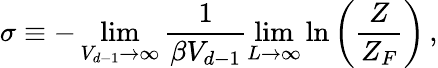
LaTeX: \sigma\equiv-\operatorname*{lim}_{V_{d-1}\to\infty}\frac{1}{\beta V_{d-1}}\operatorname*{lim}_{L\to\infty}\ln\left(\frac{Z}{Z_{F}}\right)\, ,